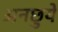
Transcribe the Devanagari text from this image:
अनछुये